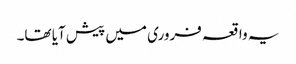
یہ واقعہ فروری میں پیش آیا تھا۔